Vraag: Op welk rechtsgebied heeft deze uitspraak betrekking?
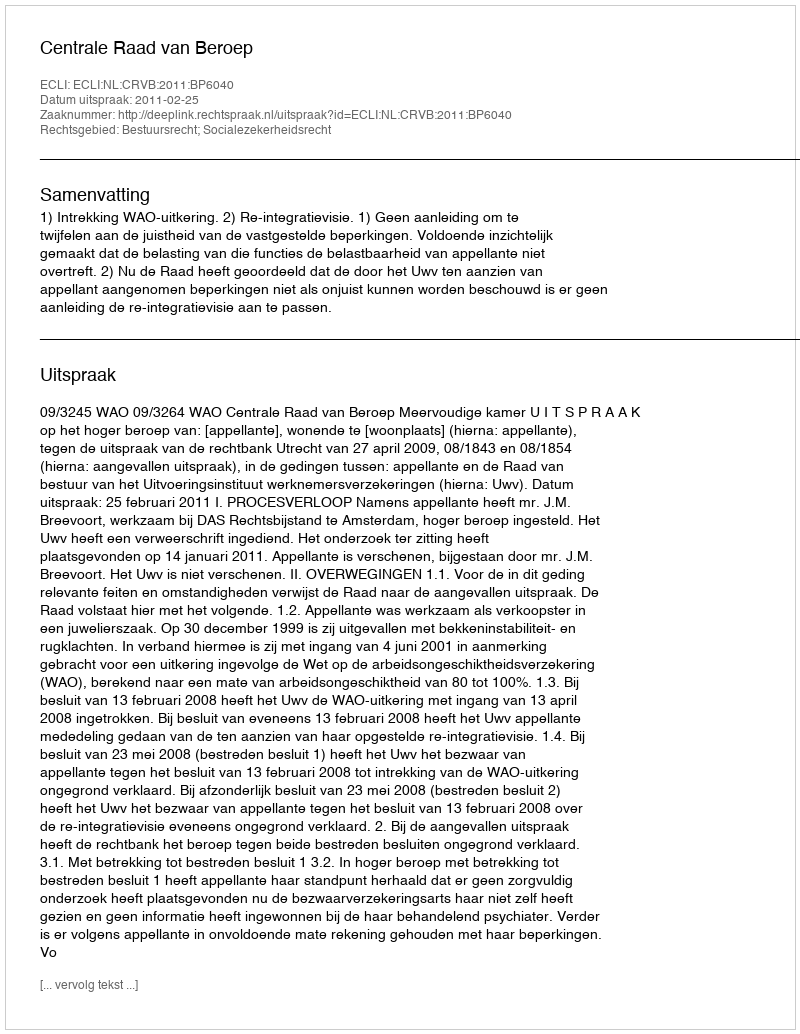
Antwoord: Bestuursrecht; Socialezekerheidsrecht